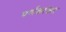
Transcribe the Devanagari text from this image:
पर्णकांड्या